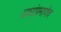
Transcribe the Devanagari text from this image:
वाघांप्रमाणेच